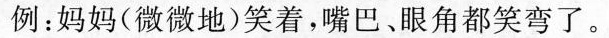
例：妈妈(微微地)笑着，嘴巴、眼角都笑弯了。